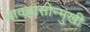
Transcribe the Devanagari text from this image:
भावह्रासोन्मुखी